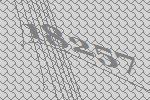
18257